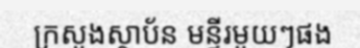
ក្រសួងស្ថាប័ន មន្ទីរមួយៗផង